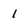
Character: 1